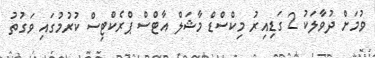
ވުމަށް ދުވާލަކު 2 ގަޑިއިރު މިކްސްޑް މާޝަލް އާޓްސް ޕްރެކްޓިސް ކުރުމުގައި ވަގުތު